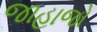
જાહાજો